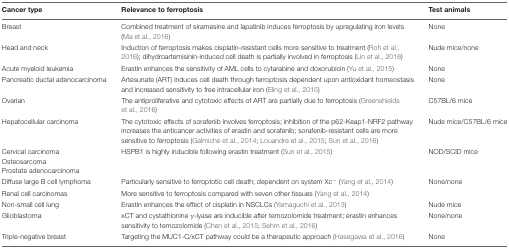
<table><thead><tr><td><b>Cancer type</b></td><td><b>Relevance to ferroptosis</b></td><td><b>Test animals</b></td></tr></thead><tbody><tr><td>Breast</td><td>Combined treatment of siramesine and lapatinib induces ferroptosis by upregulating iron levels (Ma et al., 2016)</td><td>None</td></tr><tr><td>Head and neck</td><td>Induction of ferroptosis makes cisplatin-resistant cells more sensitive to treatment (Roh et al., 2016); dihydroartemisinin-induced cell death is partially involved in ferroptosis (Lin et al., 2016)</td><td>Nude mice/none</td></tr><tr><td>Acute myeloid leukemia</td><td>Erastin enhances the sensitivity of AML cells to cytarabine and doxorubicin (Yu et al., 2015)</td><td>None</td></tr><tr><td>Pancreatic ductal adenocarcinoma</td><td>Artesunate (ART) induces cell death through ferroptosis dependent upon antioxidant homeostasis and increased sensitivity to free intracellular iron (Eling et al., 2015)</td><td>None</td></tr><tr><td>Ovarian</td><td>The antiproliferative and cytotoxic effects of ART are partially due to ferroptosis (Greenshields et al., 2016)</td><td>C57BL/6 mice</td></tr><tr><td>Hepatocellular carcinoma</td><td>The cytotoxic effects of sorafenib involves ferroptosis; inhibition of the p62-Keap1-NRF2 pathway increases the anticancer activities of erastin and sorafenib; sorafenib-resistant cells are more sensitive to ferroptosis (Galmiche et al., 2014; Louandre et al., 2015; Sun et al., 2016)</td><td>Nude mice/C57BL/6 mice</td></tr><tr><td>Cervical carcinomaOsteosarcomaProstate adenocarcinoma</td><td>HSPB1 is highly inducible following erastin treatment (Sun et al., 2015)</td><td>NOD/SCID mice</td></tr><tr><td>Diffuse large B cell lymphoma</td><td>Particularly sensitive to ferroptotic cell death; dependent on system Xc<sup>-</sup> (Yang et al., 2014)</td><td>None/none</td></tr><tr><td>Renal cell carcinomas</td><td>More sensitive to ferroptosis compared with seven other tissues (Yang et al., 2014)</td><td></td></tr><tr><td>Non-small cell lung</td><td>Erastin enhances the effect of cisplatin in NSCLCs (Yamaguchi et al., 2013)</td><td>Nude mice</td></tr><tr><td>Glioblastoma</td><td>xCT and cystathionine γ-lyase are inducible after temozolomide treatment; erastin enhances sensitivity to temozolomide (Chen et al., 2015; Sehm et al., 2016)</td><td>None/none</td></tr><tr><td>Triple-negative breast</td><td>Targeting the MUC1-C/xCT pathway could be a therapeutic approach (Hasegawa et al., 2016)</td><td>None</td></tr></tbody></table>